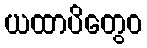
ယထာပိတွေဝ